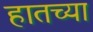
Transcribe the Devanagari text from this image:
हातच्या